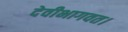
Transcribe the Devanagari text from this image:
देवीभागवत।